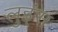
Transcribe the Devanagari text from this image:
लुइंस